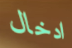
ادخال